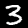
Label: 3